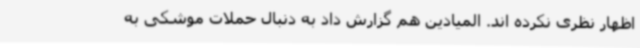
اظهار نظری نکرده اند. المیادین هم گزارش داد به دنبال حملات موشکی به